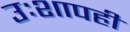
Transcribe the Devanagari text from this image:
उःशापही